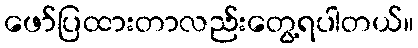
ဖော်ပြထားတာလည်းတွေ့ရပါတယ်။